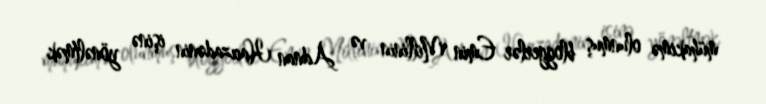
mühakimə olunmuş bloggerlər Emin Millinin və Adnan Hacızadənin işinə yönəltmək